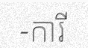
-ការី